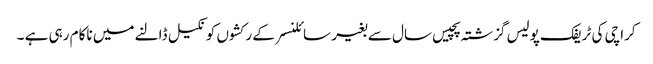
کراچی کی ٹریفک پولیس گزشتہ پچیس سال سے بغیر سائلنسر کے رکشوں کو نکیل ڈالنے میں ناکام رہی ہے ۔